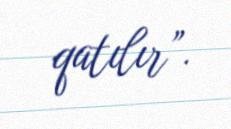
qatılır”.